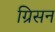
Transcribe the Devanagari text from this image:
ग्रिसन